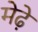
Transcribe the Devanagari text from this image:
मेढे़